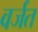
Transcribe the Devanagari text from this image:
वर्जत